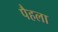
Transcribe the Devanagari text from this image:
पैहला